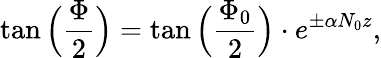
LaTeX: \tan\Big(\frac{\Phi}{2}\Big)=\tan\Big(\frac{\Phi_{0}}{2}\Big)\cdot e^{\pm\alpha N_{0}z},